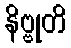
နိဗ္ဗုတိ